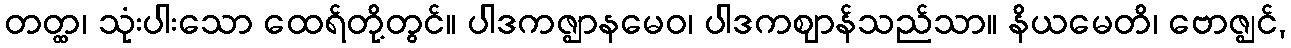
တတ္ထ၊ သုံးပါးသော ထေရ်တို့တွင်။ ပါဒကဇ္ဈာနမေဝ၊ ပါဒကဈာန်သည်သာ။ နိယမေတိ၊ ဗောဇ္ဈင်,